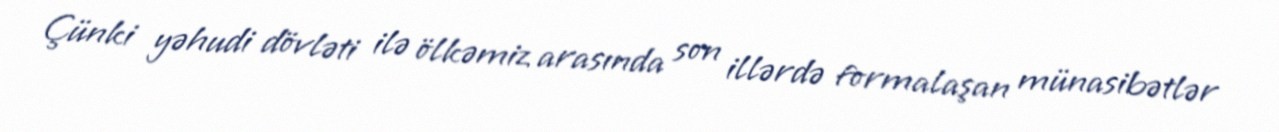
Çünki yəhudi dövləti ilə ölkəmiz arasında son illərdə formalaşan münasibətlər